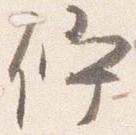
佇